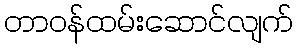
တာဝန်ထမ်းဆောင်လျက်